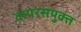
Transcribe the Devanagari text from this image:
वायरसयुक्त